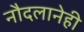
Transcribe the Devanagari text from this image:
नौदलानेही